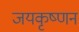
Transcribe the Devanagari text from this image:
जयकृष्णन